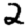
Digit: 2